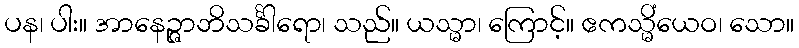
ပန၊ ပါး။ အာနေဉ္ဇာဘိသင်္ခါရော၊ သည်။ ယသ္မာ၊ ကြောင့်။ ဧကသ္မိံယေဝ၊ သော။